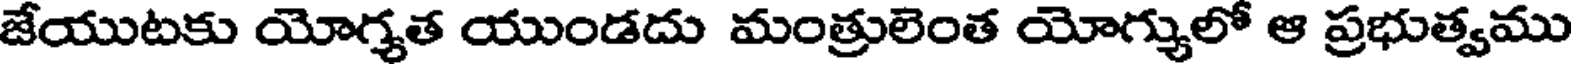
జేయుటకు యోగ్యత యుండదు మంత్రులెంత యోగ్యులో ఆ ప్రభుత్వము